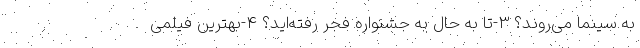
به سینما می‌روند؟ 3-تا به حال به جشنواره فجر رفته‌اید؟ 4-بهترین فیلمی